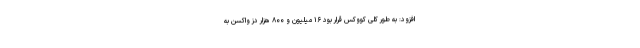
افزود: به طور کلی کووکس قرار بود ۱۶ میلیون و ۸۰۰ هزار دُز واکسن به